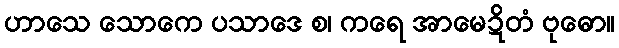
ဟာသေ သောကေ ပသာဒေ စ၊ ကရေ အာမေဍိတံ ဗုဓော။